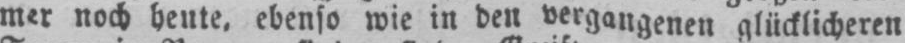
mer noch heute, ebenso wie in den vergangenen glücklicheren